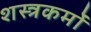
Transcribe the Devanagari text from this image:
शस्त्रकर्मों